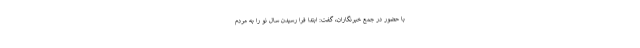
با حضور در جمع خبرنگاران، گفت:‌ ابتدا فرا رسیدن سال نو را به مردم